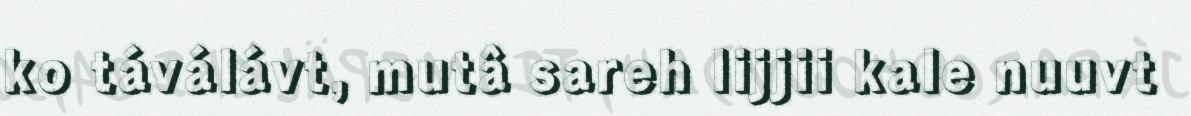
ko táválávt, mutâ sareh lijjii kale nuuvt